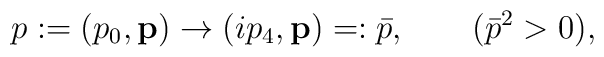
p:=(p_{0},{\bf p}) \rightarrow (ip_{4},{\bf p})=:\bar{p}, \qquad  (\bar{p}^{2}>0) ,